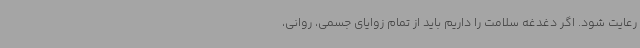
رعایت شود. اگر دغدغه سلامت را داریم باید از تمام زوایای جسمی، روانی،